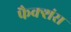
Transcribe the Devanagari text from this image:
फैक्शंस